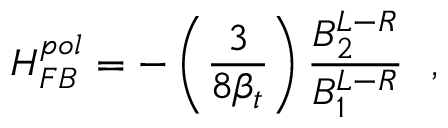
H _ { F B } ^ { p o l } = - \left( { \frac { 3 } { 8 \beta _ { t } } } \right) { \frac { B _ { 2 } ^ { L - R } } { B _ { 1 } ^ { L - R } } } \ \ ,